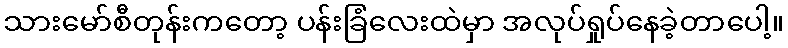
သားမော်စီတုန်းကတော့ ပန်းခြံလေးထဲမှာ အလုပ်ရှုပ်နေခဲ့တာပေါ့။